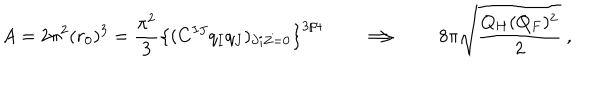
A = 2 \pi ^ { 2 } ( r _ { 0 } ) ^ { 3 } = { \frac { \pi ^ { 2 } } { 3 } } \left\{ ( C ^ { I J } q _ { I } q _ { J } ) _ { \partial i Z = 0 } \right\} ^ { 3 / 4 } \qquad \Longrightarrow \qquad 8 \pi \sqrt { \frac { Q _ { H } ( Q _ { F } ) ^ { 2 } } { 2 } } \ ,